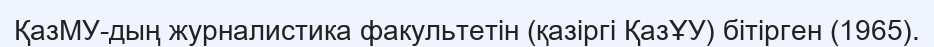
ҚазМУ-дың журналистика факультетін (қазіргі ҚазҰУ) бітірген (1965).